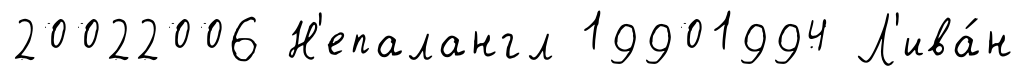
20022006 Н'епалангл 19901994 Л'ива́н